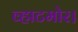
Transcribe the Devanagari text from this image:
व्हाटमोर।